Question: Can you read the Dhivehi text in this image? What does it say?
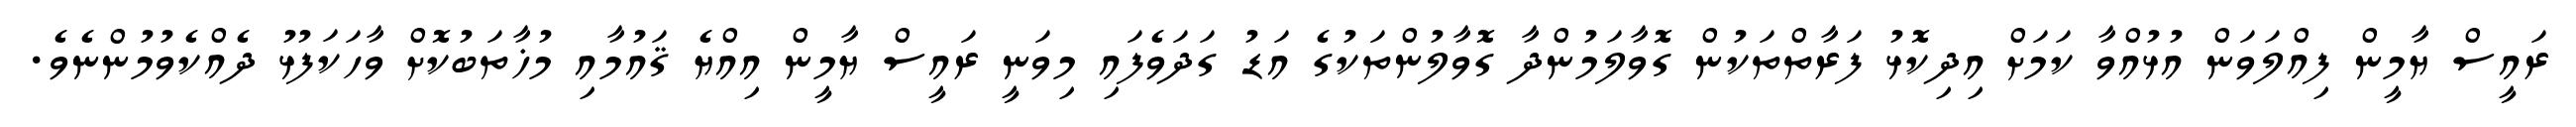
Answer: ރައީސް ޔާމީން ފިއްލަވަން އުޅުއްވާ ކަމަށް އިދިކޮޅު ފަރާތްތަކުން ގޮވާލަމުންދާ ގޮވާލުންތަކުގެ އަޑު ގަދަވެފައި މިވަނީ ރައީސް ޔާމީން އިއްޔެ ޤައުމާއި މުޚާތަބުކޮށް ވާހަކަފުޅު ދެއްކެވުމުންނެވެ.